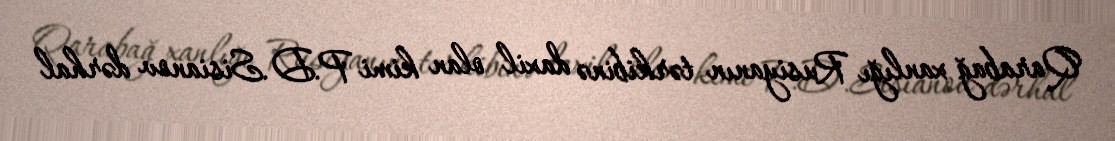
Qarabağ xanlığı Rusiyanın tərkibinə daxil olan kimi P.D.Sisianov dərhal